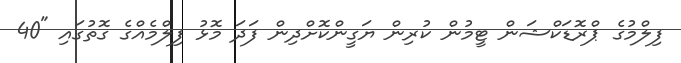
ފިލްމުގެ ޕްރޮޑަކްޝަން ޓީމުން ކުރިން ޔަގީންކޮށްދިން ފަދަ މޮޅު ފިލްމެއްގެ ގޮތުގައި "40